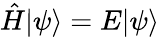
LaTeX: \hat{H}|\psi\rangle=E|\psi\rangle